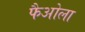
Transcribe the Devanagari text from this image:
फैओला